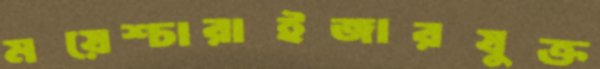
ময়েশ্চারাইজারযুক্ত